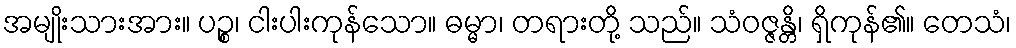
အမျိုးသားအား။ ပဉ္စ၊ ငါးပါးကုန်သော။ ဓမ္မာ၊ တရားတို့ သည်။ သံဝဇ္ဇန္တိ၊ ရှိကုန်၏။ တေသံ၊